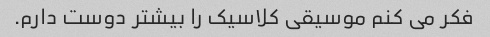
فکر می کنم موسیقی کلاسیک را بیشتر دوست دارم.